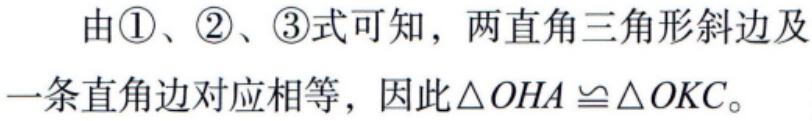
由\textcircled{1}、\textcircled{2}、\textcircled{3}式可知，两直角三角形斜边及一条直角边对应相等，因此$\triangle OHA \cong \triangle OKC$。